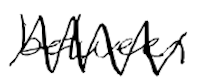
Text: between
Cross-out: zig-zag
Writing tool: digital_black